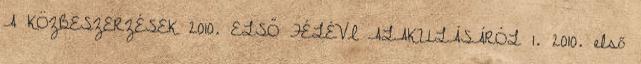
A KÖZBESZERZÉSEK 2010. ELSŐ FÉLÉVI ALAKULÁSÁRÓL 1. 2010. első